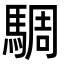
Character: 騆